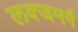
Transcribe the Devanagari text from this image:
लक्जमर्ग